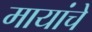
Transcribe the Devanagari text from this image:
मायांचे